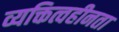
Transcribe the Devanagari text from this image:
व्यक्तित्वहीनता